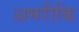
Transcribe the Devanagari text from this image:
अमरीकि